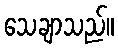
သေချာသည်။